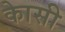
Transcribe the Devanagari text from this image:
काेसी